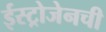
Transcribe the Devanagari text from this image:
ईस्ट्रोजेनची